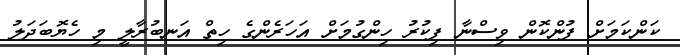
ކަންކަމަށް ފުންކޮން ވިސްނާ ފިކުރު ހިންގުމަށް އަހަރެންގެ ހިތް އަނބުރާލީ މި ހެޔޮބަދަލު